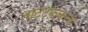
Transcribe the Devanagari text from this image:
नाटटककारों